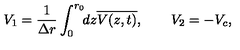
V _ { 1 } = \frac { 1 } { \Delta r } \int _ { 0 } ^ { r _ { 0 } } \! \! d z \overline { { V ( z , t ) } } , \quad \quad V _ { 2 } = - V _ { c } ,